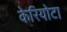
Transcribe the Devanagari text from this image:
केरियोटा